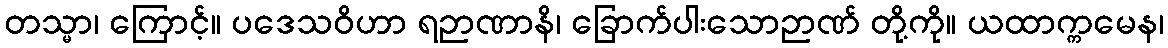
တသ္မာ၊ ကြောင့်။ ပဒေသဝိဟာ ရဉာဏာနိ၊ ခြောက်ပါးသောဉာဏ် တို့ကို။ ယထာက္ကမေန၊